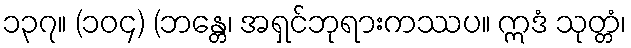
၁၃၇။ (၁၀၄) (ဘန္တေ၊ အရှင်ဘုရားကဿပ။ ဣဒံ သုတ္တံ၊